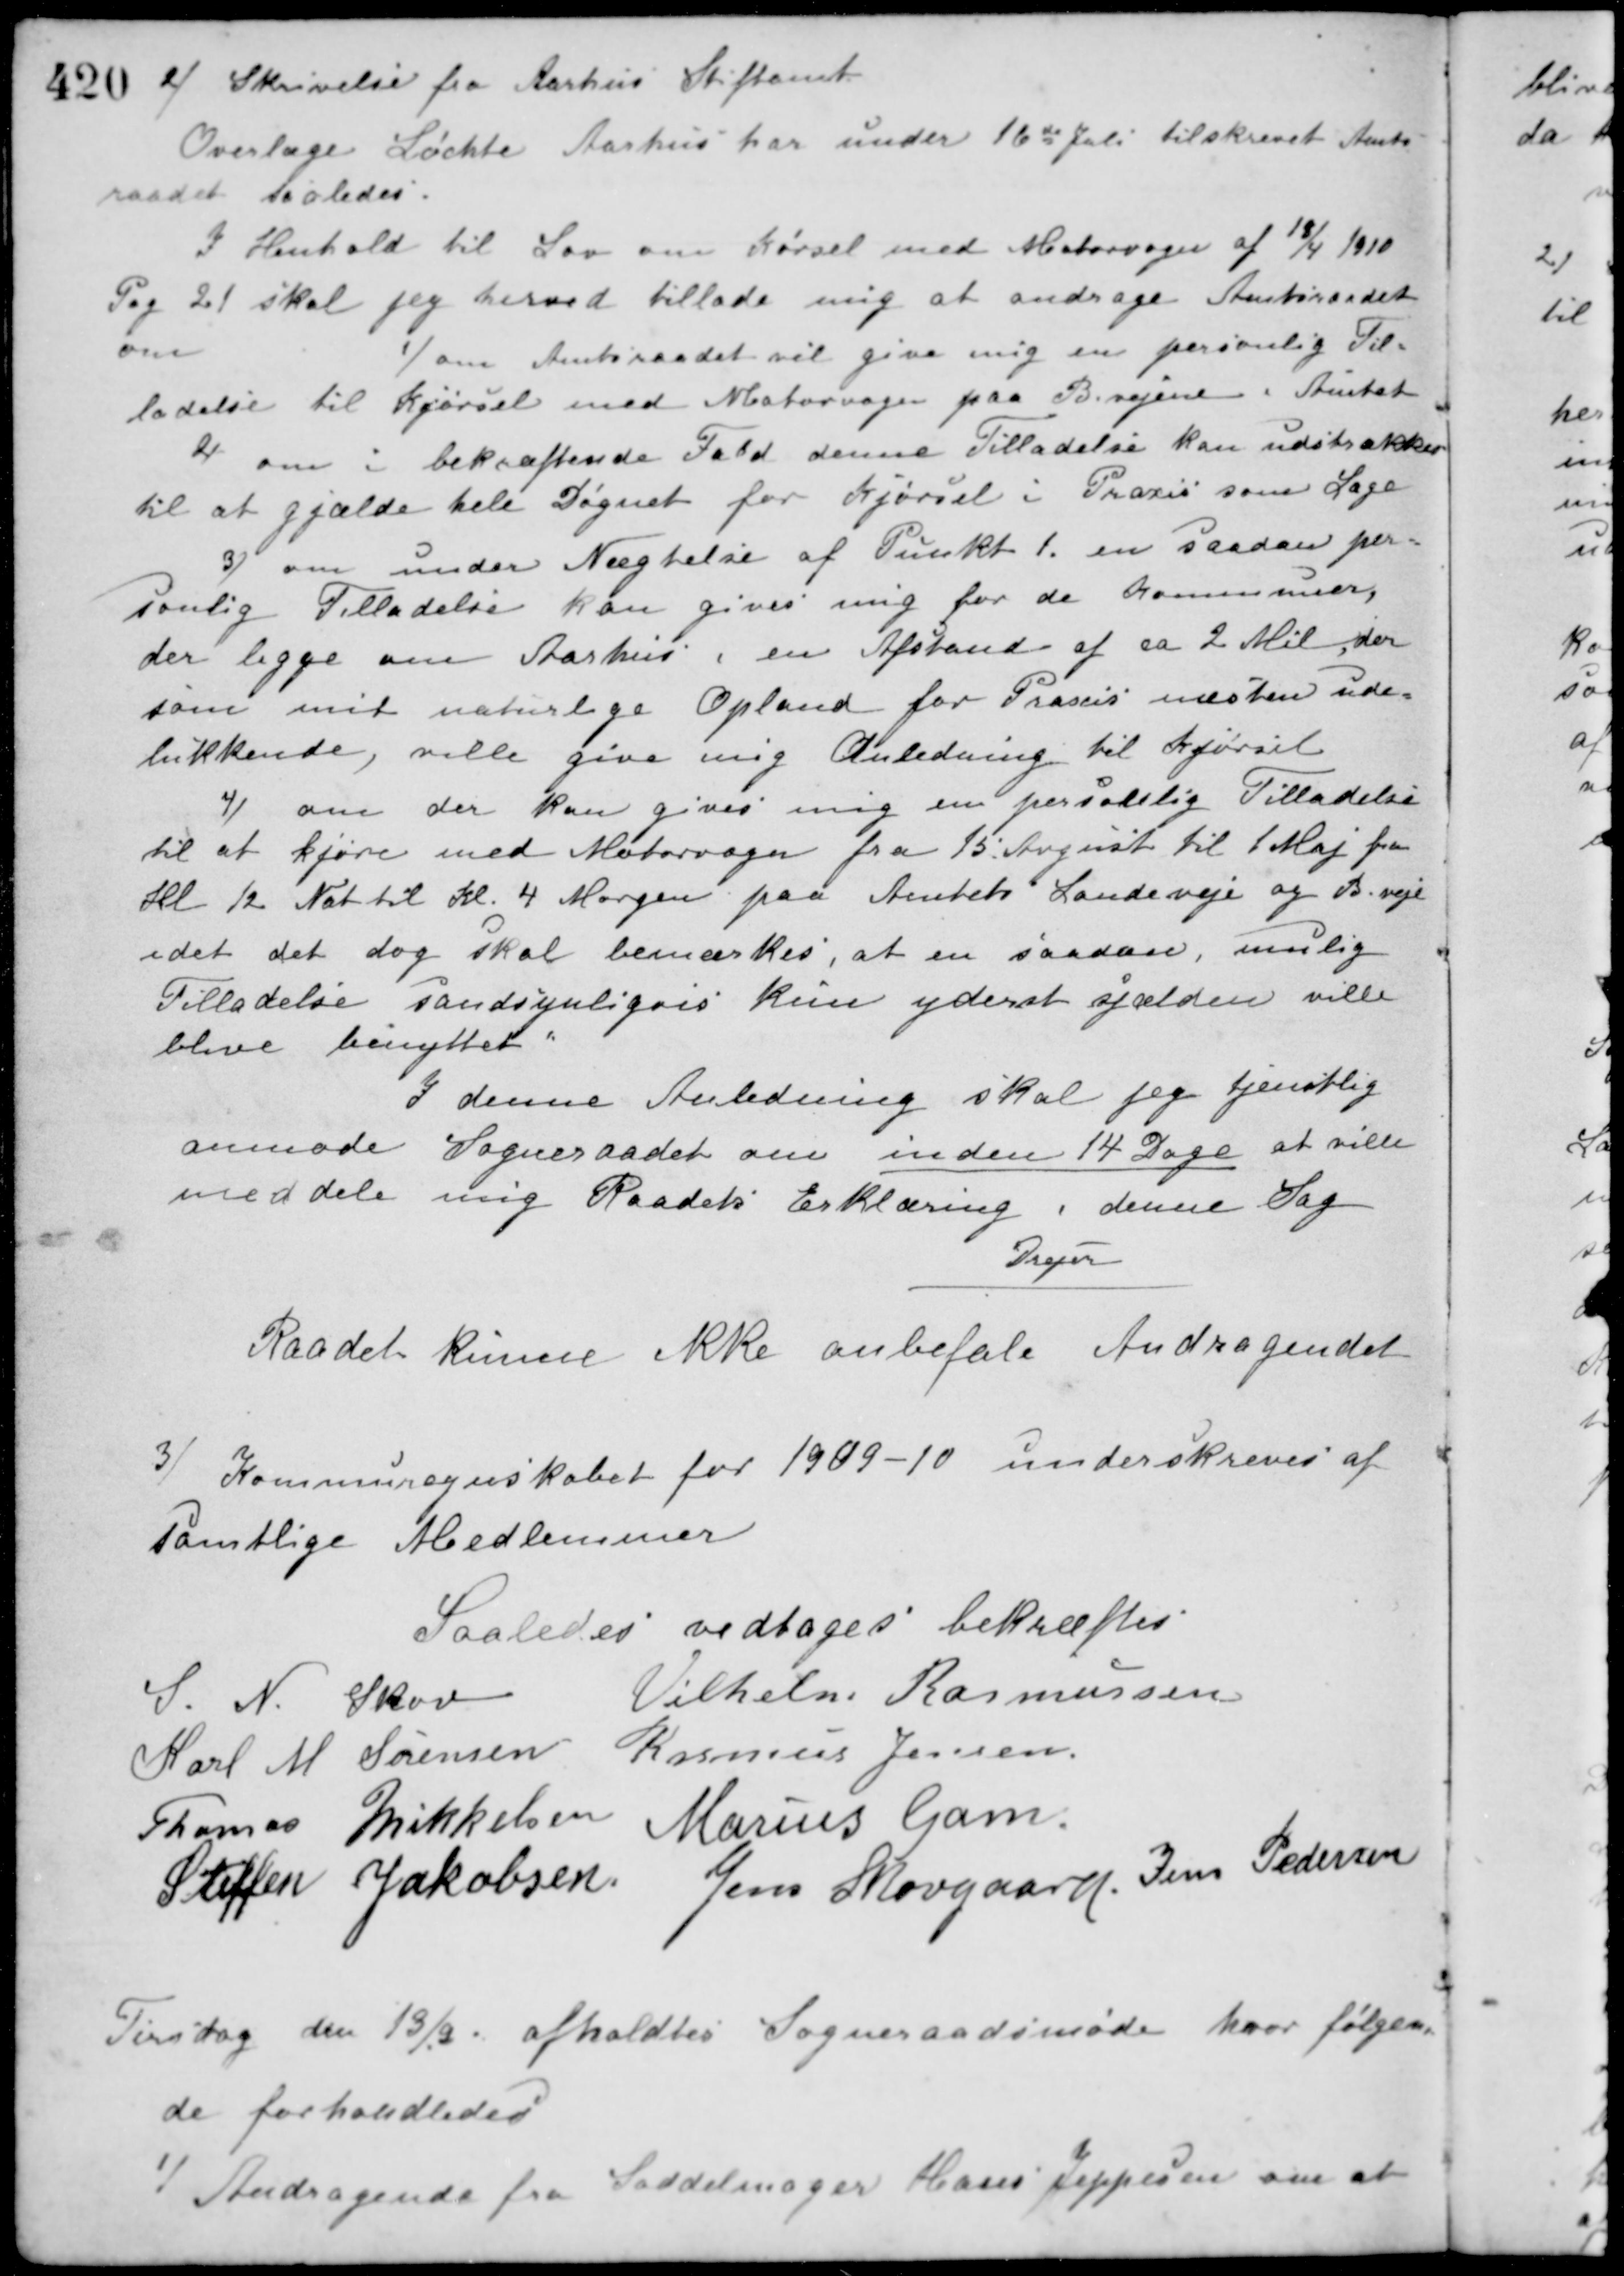
Transskription:
2/ Skrivelse fra Aarhus Stiftamt
Overlæge Løchte Aarhus har under 16de Juli tilskrevet Amts-
raadet saaledes.
I Henhold til Lov om Kørsel med Motorvogn af 18/4 1910
Pag 21 skal jeg herved tillade mig at andrage Amtsraadet
om
1/ om Amtsraadet vil give mig en personlig Til-
ladelse til Kjørsel med Motorvogn paa Bivejene i Amtet
2/ om i bekræftende Fald denne Tilladelse kan udstrækkes
til at gjælde hele Sognet for Kjørsel i Praxis som Læge
3/ om under Nægtelse af Punkt 1. en saadan per-
sonlig Tilladelse kan gives mig for de kommuner,
der ligge om Aarhus i en Afstand af ca. 2 Mil der-
som mit naturlige Opland for Pracsis næsten ude-
lukkende, ville give mig Anledning til Kjørsel
4/ om der kan gives mig en personlig Tilladelse
til at kjøre med Motorvogn fra 15. August til 1 Maj fra
Kl. 12 Nat til Kl. 4 Morgen paa Amtets Landeveje og B. veje
idet det dog skal bemærkes, at en saadan, mulig
Tilladelse sandsynligvis kun yderst sjælden ville
blive benyttet.
I denne Anledning skal jeg tjenstlig
anmode Sogneraadet om inden 14 Dage at ville
meddele mig Raadets Erklæring i denne Sag.
Sejer
Raadet kunne ikke anbefale Andragendet.
3/ Kommunegnskabet for 1909-10 underskreves af
Samtlige Medlemmer
Saaledes vedtaget bekræftes
S. N. Skov
Vilhelm Rasmussen
Karl M. Sørensen Rasmus Jensen
Thomas Mikkelsen Marius Gam
Steffen Jakobsen Jens Skovgaard Jens Pedersen
Tirsdag den 13/2 afholdtes Sogneraadsmøde hvor følgen-
de forhandledes
1/ Andragende fra Saddelmager Hans Jeppesen om at